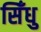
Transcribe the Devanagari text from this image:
सिँधु